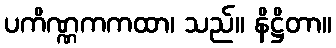
ပကိဏ္ဏကကထာ၊ သည်။ နိဋ္ဌိတာ။